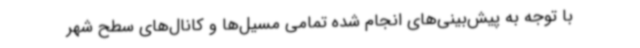
با توجه به پیش‌بینی‌های انجام شده تمامی مسیل‌ها و کانال‌های سطح شهر